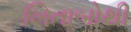
ખિતાબોથી